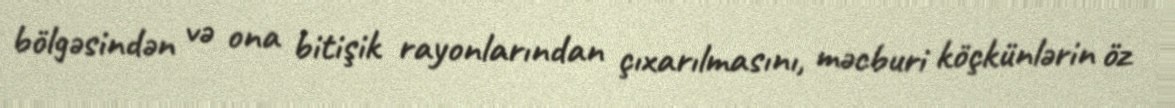
bölgəsindən və ona bitişik rayonlarından çıxarılmasını, məcburi köçkünlərin öz